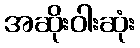
အဆိုးဝါးဆုံး